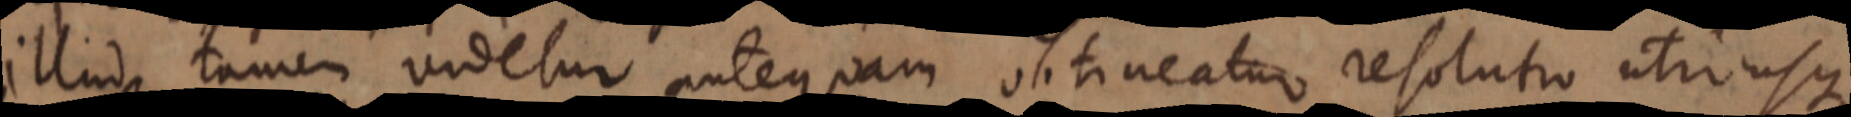
illud tamen videtur antequam olitineatur resolutio utriusque